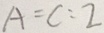
A = C : 2